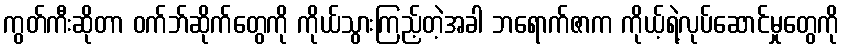
ကွတ်ကီးဆိုတာ ဝက်ဘ်ဆိုက်တွေကို ကိုယ်သွားကြည့်တဲ့အခါ ဘရောက်ဇာက ကိုယ့်ရဲ့လုပ်ဆောင်မှုတွေကို